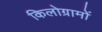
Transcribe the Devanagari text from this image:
किलोग्रामों